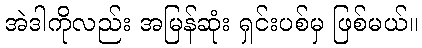
အဲဒါကိုလည်း အမြန်ဆုံး ရှင်းပစ်မှ ဖြစ်မယ်။